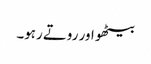
بیٹھو اور روتے رہو۔